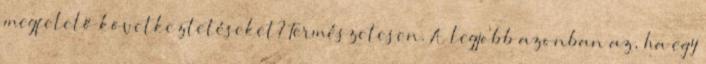
megfelelő következtetéseket? Természetesen. A legjobb azonban az, ha egy